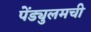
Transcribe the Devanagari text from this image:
पेंड्युलमची